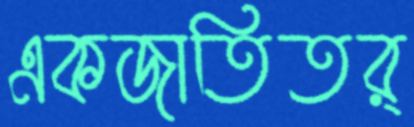
একজাতিতর্